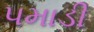
પમાડી